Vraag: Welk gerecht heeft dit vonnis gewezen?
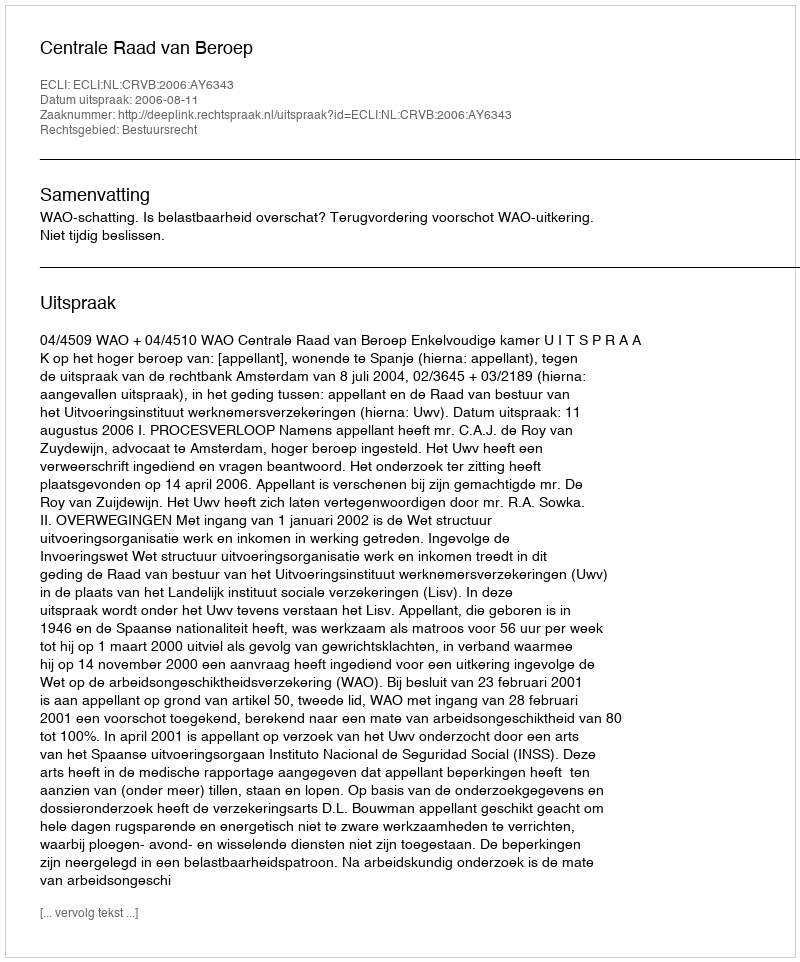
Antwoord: Centrale Raad van Beroep